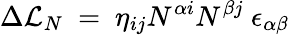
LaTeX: \Delta{\cal L}_{N}~=~\eta_{ij}N^{\alpha i}N^{\beta j}~\epsilon_{\alpha\beta}